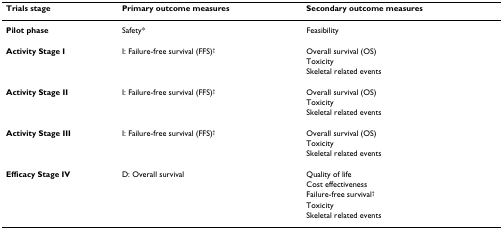
<table><thead><tr><td><b>Trials stage</b></td><td><b>Primary outcome measures</b></td><td><b>Secondary outcome measures</b></td></tr></thead><tbody><tr><td><b>Pilot phase</b></td><td>Safety*</td><td>Feasibility</td></tr><tr><td><b>Activity Stage I</b></td><td>I: Failure-free survival (FFS)<sup>†</sup></td><td>Overall survival (OS)</td></tr><tr><td></td><td></td><td>Toxicity</td></tr><tr><td></td><td></td><td>Skeletal related events</td></tr><tr><td><b>Activity Stage II</b></td><td>I: Failure-free survival (FFS)<sup>†</sup></td><td>Overall survival (OS)</td></tr><tr><td></td><td></td><td>Toxicity</td></tr><tr><td></td><td></td><td>Skeletal related events</td></tr><tr><td><b>Activity Stage III</b></td><td>I: Failure-free survival (FFS)<sup>†</sup></td><td>Overall survival (OS)</td></tr><tr><td></td><td></td><td>Toxicity</td></tr><tr><td></td><td></td><td>Skeletal related events</td></tr><tr><td><b>Efficacy Stage IV</b></td><td>D: Overall survival</td><td>Quality of life</td></tr><tr><td></td><td></td><td>Cost effectiveness</td></tr><tr><td></td><td></td><td>Failure-free survival<sup>†</sup></td></tr><tr><td></td><td></td><td>Toxicity</td></tr><tr><td></td><td></td><td>Skeletal related events</td></tr></tbody></table>